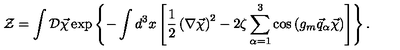
{ \cal Z } = \int { \cal D } \vec { \chi } \exp \left\{ - \int d ^ { 3 } x \left[ \frac 1 2 \left( \nabla \vec { \chi } \right) ^ { 2 } - 2 \zeta \sum _ { \alpha = 1 } ^ { 3 } \cos \left( g _ { m } \vec { q } _ { \alpha } \vec { \chi } \right) \right] \right\} .